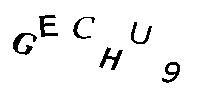
GECHU9